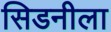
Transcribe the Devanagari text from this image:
सिडनीला